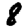
Digit: 8